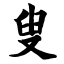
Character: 叟